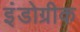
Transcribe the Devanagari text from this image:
इंंडोग्रीक